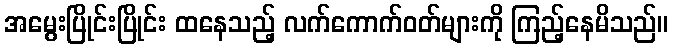
အမွေးပြိုင်းပြိုင်း ထနေသည့် လက်ကောက်ဝတ်များကို ကြည့်နေမိသည်။